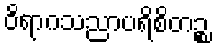
ဝိရာဂသညာပရိစိတဉ္စ